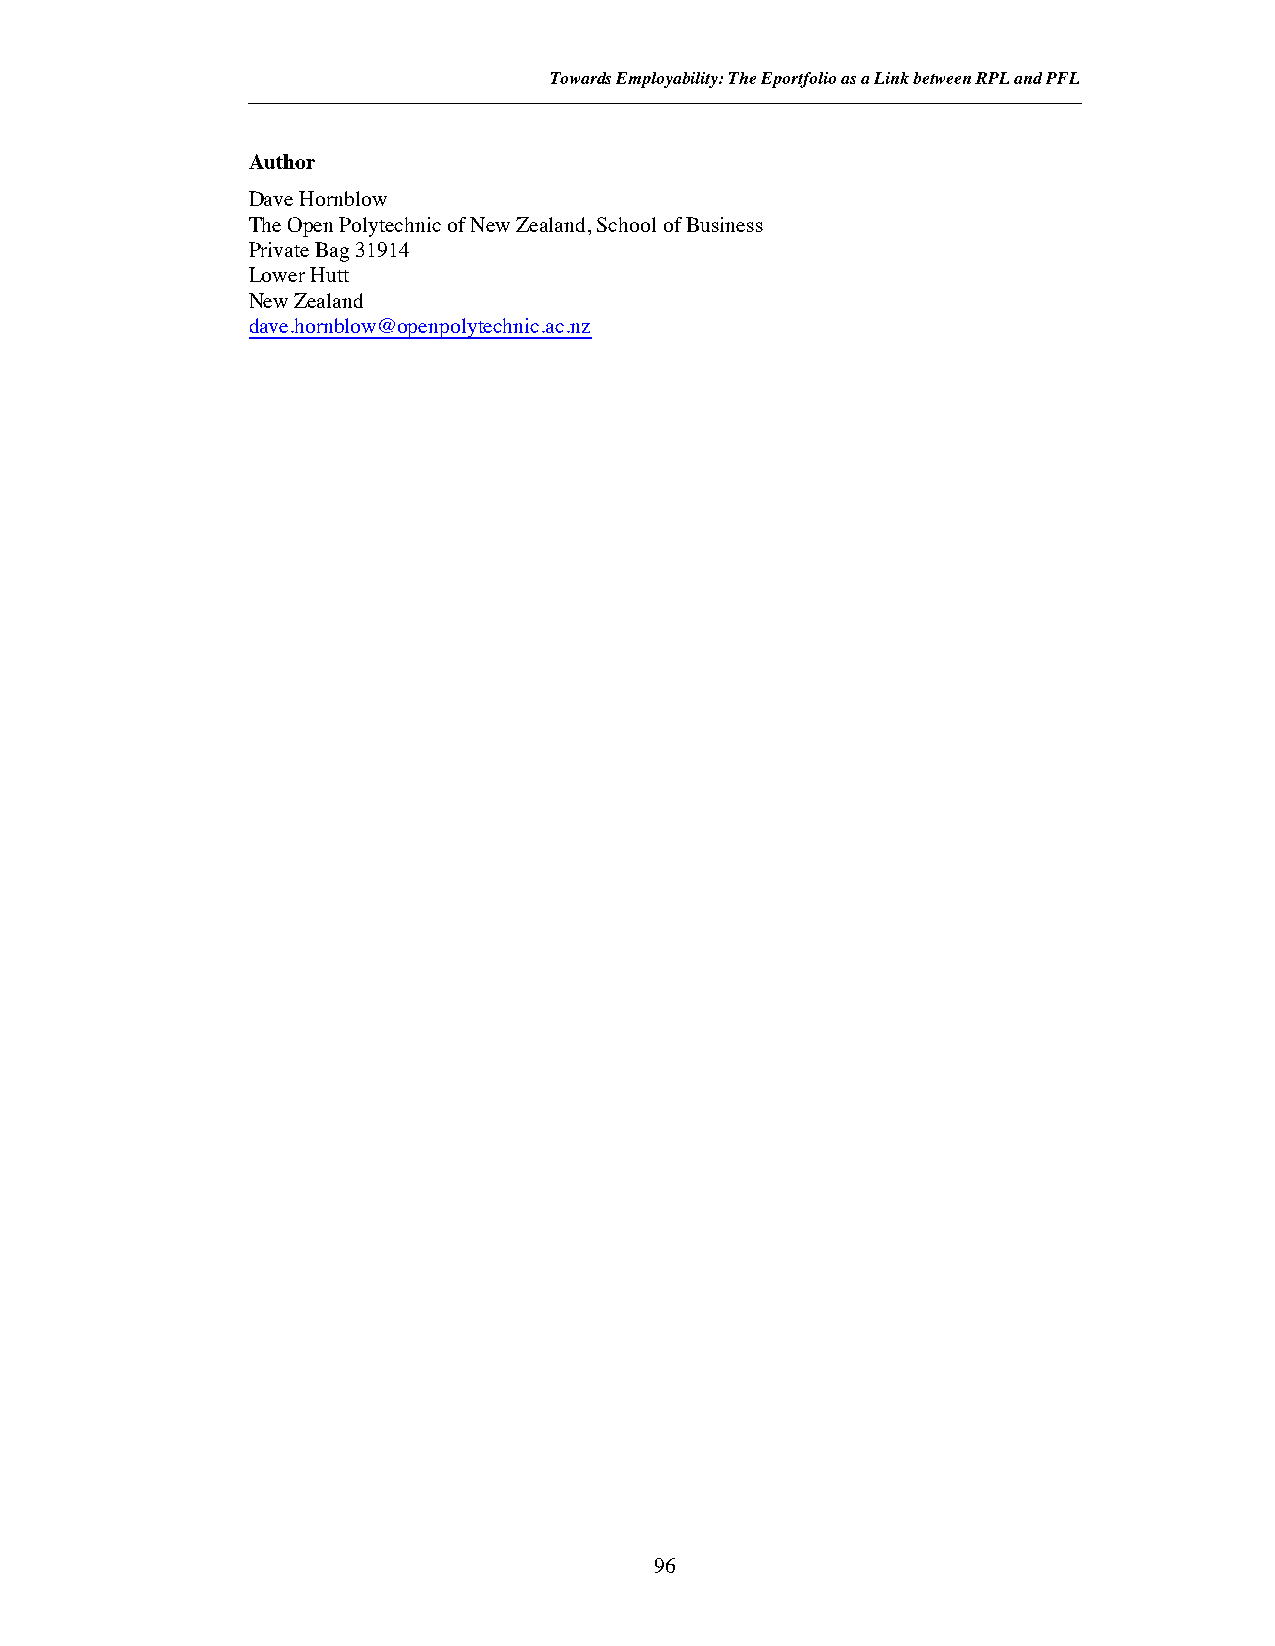
Towards Employability: The Eportfolio as a Link between RPL and PFL
 Author
 Dave Hornblow
 The Open Polytechnic of New Zealand, School of Business
 Private Bag 31914
 Lower Hutt
 New Zealand
 dave.hornblow@openpolytechnic.ac.nz
 96